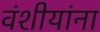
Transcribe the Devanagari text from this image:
वंशीयांना